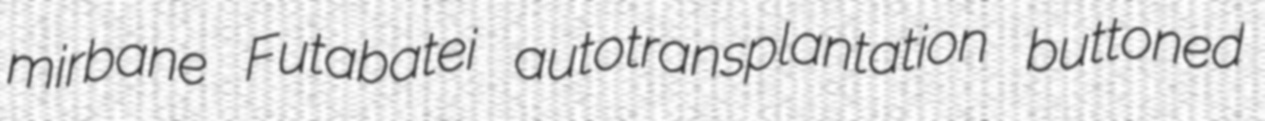
mirbane Futabatei autotransplantation buttoned